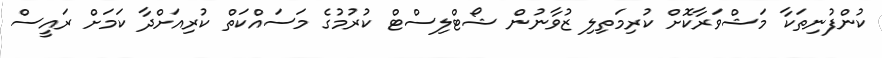
ކުންފުނިތަކާ މަޝްވަރާކޮށް ކުރިމަތިލި ޒުވާނުން ޝޯޓްލިސްޓް ކުރުމުގެ މަސައްކަތް ކުރިއަށްދާ ކަމަށް ރައީސް